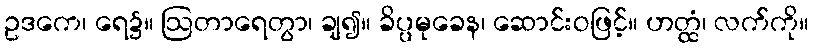
ဥဒကေ၊ ရေ၌။ ဩတာရေတွာ၊ ချ၍။ ခိပ္ပမုခေန၊ ဆောင်းဝဖြင့်။ ဟတ္ထံ၊ လက်ကို။